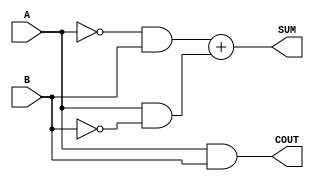
module halfadder (A,B,SUM,COUT);
	
	input A,B;
	output SUM,COUT;
	
	assign SUM = (~A&B) + (A&~B);
	assign COUT = A&B;

endmodule